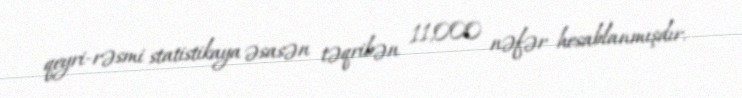
qeyri-rəsmi statistikaya əsasən təqribən 11,000 nəfər hesablanmışdır.